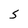
Character: S